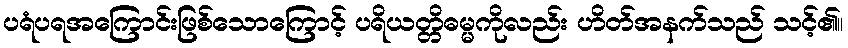
ပရံပရအကြောင်းဖြစ်သောကြောင့် ပရိယတ္တိဓမ္မကိုလည်း ဟိတ်အနက်သည် သင့်၏။